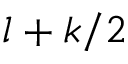
l + k / 2